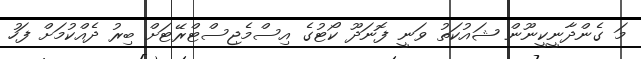
މަ ގެންދާނީކީނޫން ޝައުކަތު ވަނީ ފޮނަދޫ ކޯޓުގެ އިސްމެޖިސްޓްރޭޓަށް ބިރު ދެއްކުމަށް ފަހު